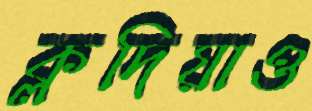
ক্লদিয়াও